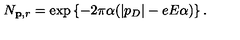
N _ { { \bf p } , r } = \exp \left\{ - 2 \pi \alpha ( | p _ { D } | - e E \alpha ) \right\} .